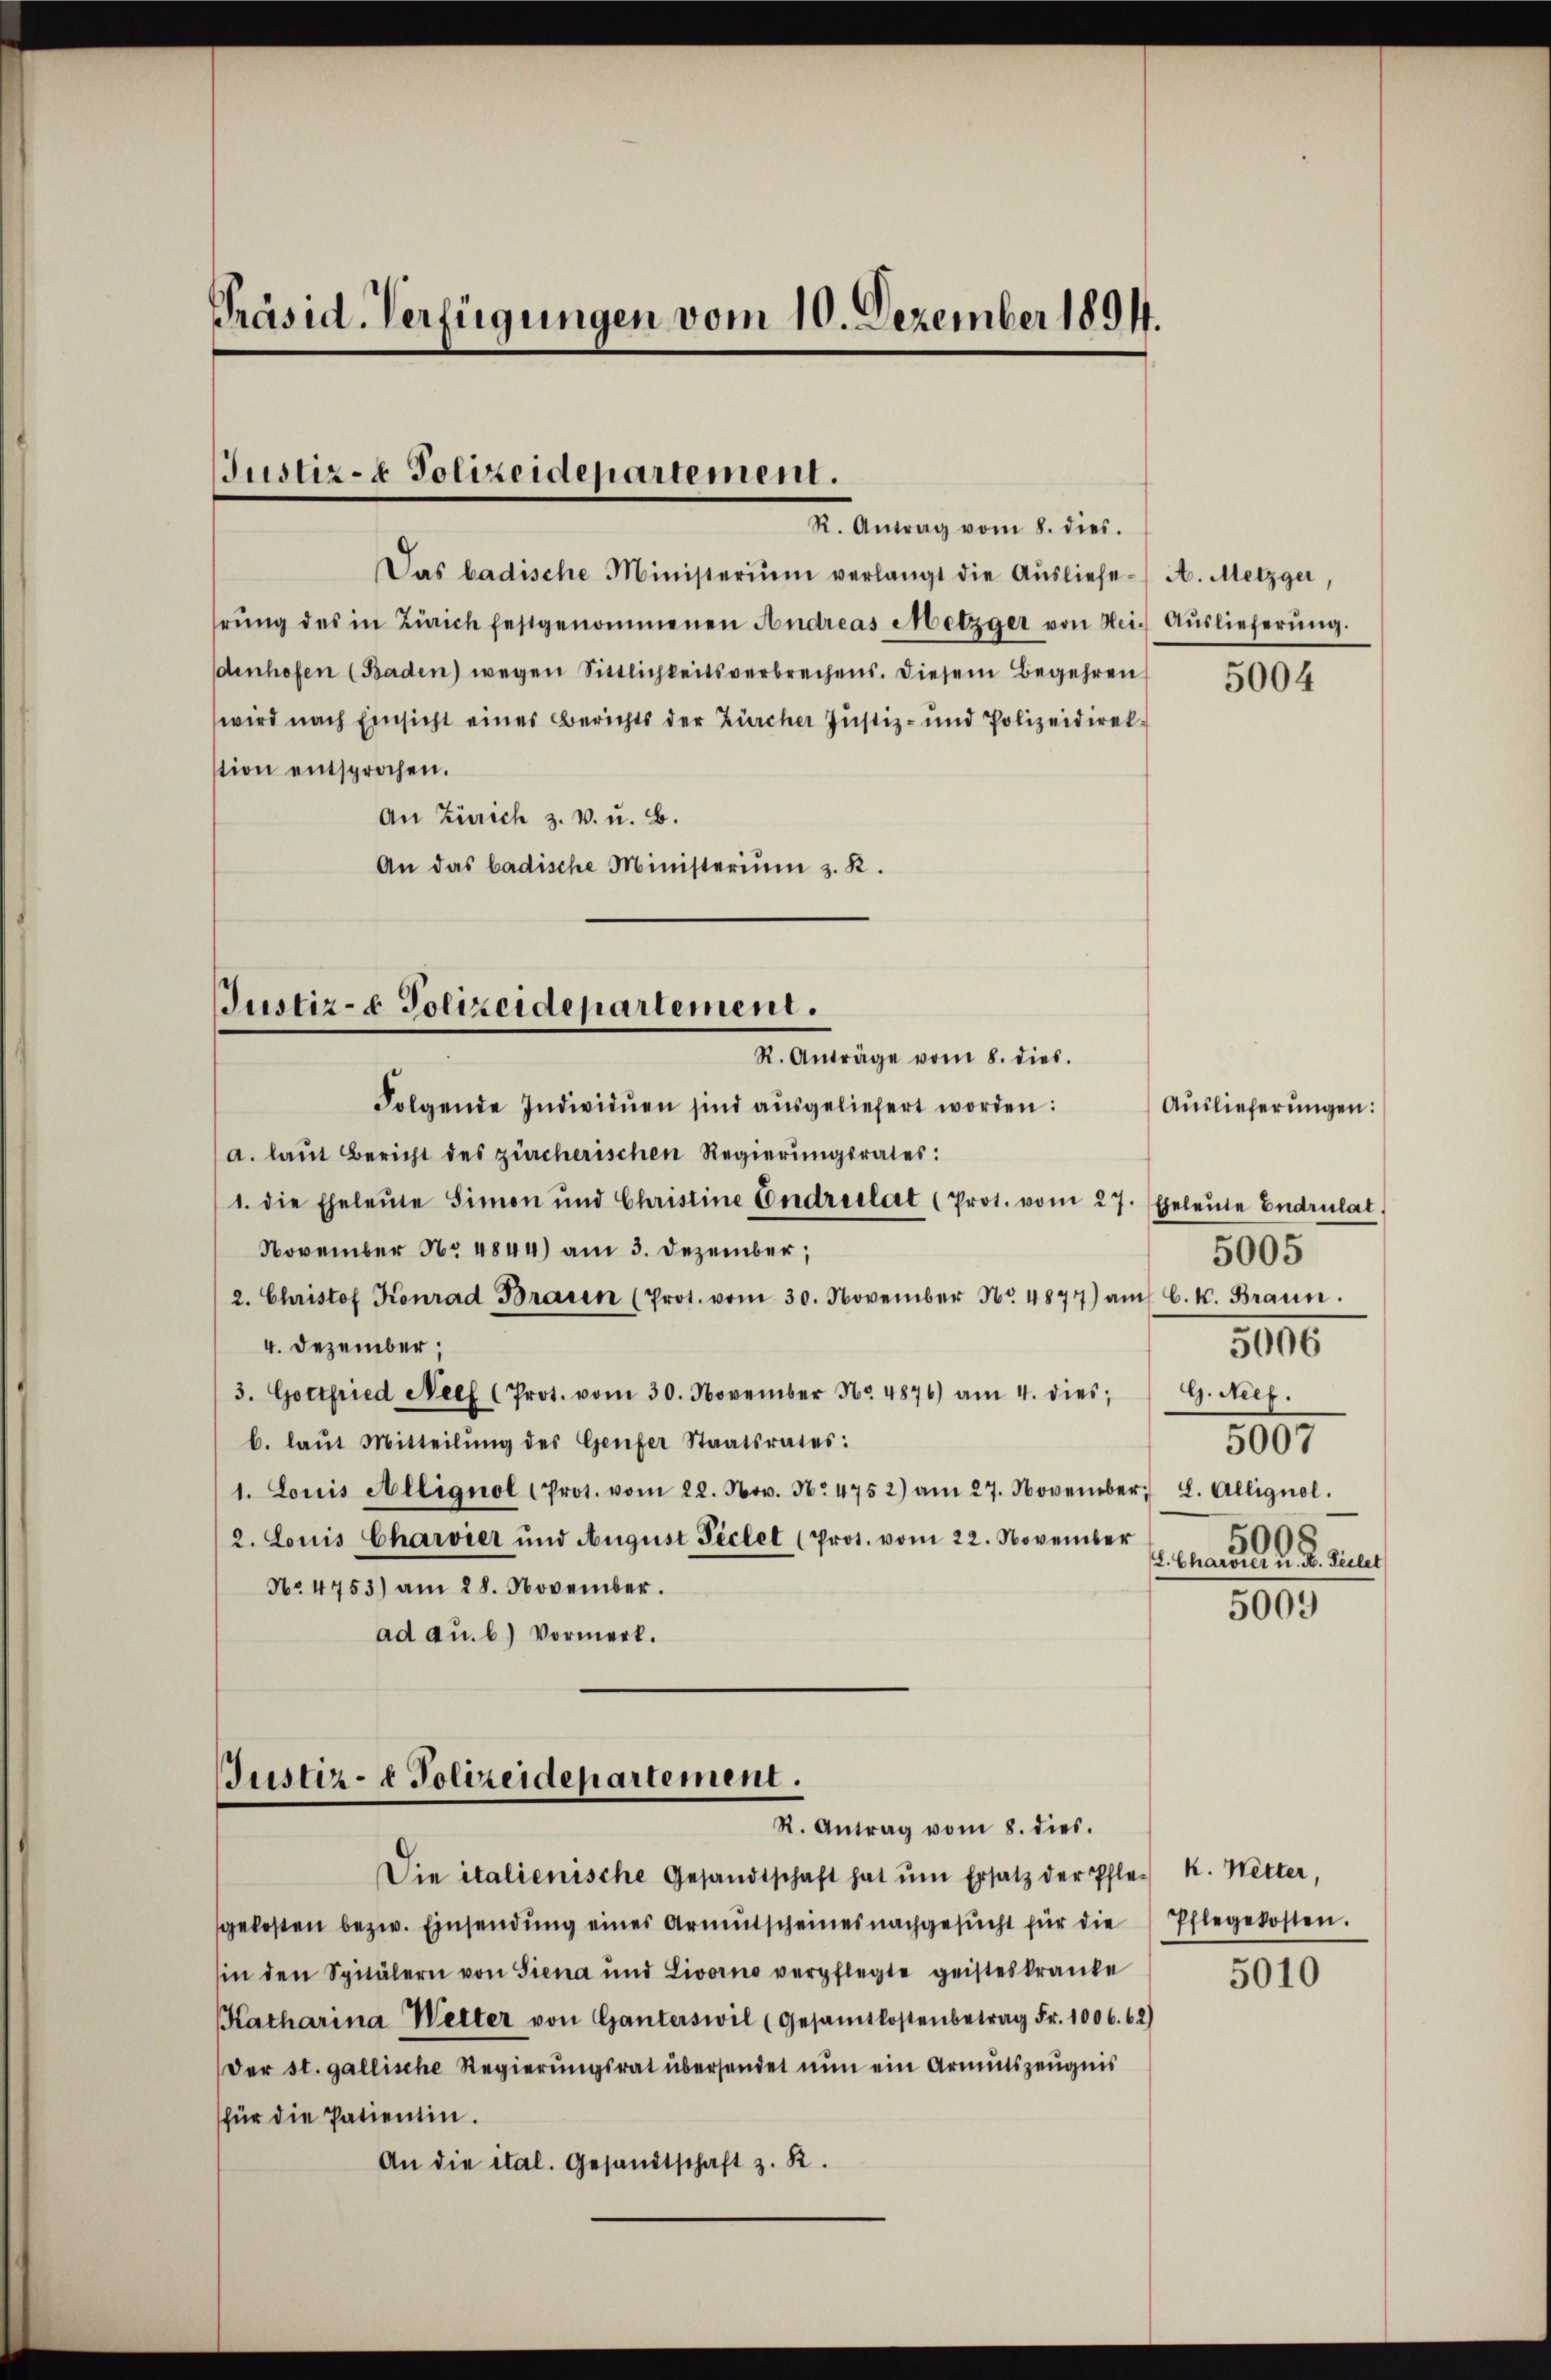
Präsid. Verfügungen vom 10. Dezember 1894.

Justiz- & Polizeidepartement.
R. Antrag vom 8. dies.

Das badische Ministerium verlangt die Aŭsliefe A. Metzger,
hrŭng des in Zürich festgenommenen Andreas Metzger von Heidenhofen (Baden) wegen Sittlichkeitsverbrechens. Diesem Begehren
wird nach Einsicht eines Berichts der Zürcher Justiz- und Polizeidirektion entsprochen.
An Zürich z. v. u. B.
An das badische Ministerium z. K.

Justiz- & Polizeidepartement.
R. Anträge vom 8. dies.

Folgende Individuen sind ausgeliefert worden:
a. laut Bericht des zürcherischen Regierungsrates:
1. die Eheleute Simon und Christine Endreclat (Prot. vom 27. Eheleute Endrulat
November No 4844) am 3. Dezember,
2. Christof Konrad Brauen (Prot. vom 30. November Nr. 4877) auf 6. k. Braun
4. Dezember,
3. Gottfried Neef (Prot. vom 30. November No. 4876) am 4. dies; G. Nief.
b. laŭt Mitteilŭng des Genfer Staatsrates:
1. Louis Alliquol (Prot. vom 22. Nov. N. 4752) am 27. November L. Allignol.
2. Louis Charvier und August Peclet (Prot. vom 22. November
No. 4753) am 28. November.
ad au. b.) Vormerk.

Justiz- & Polizeidepartement.
R. Antrag vom 8. dies.

Auslieferung.

Die italienische Gesandtschaft hat ŭm Ersatz der Pfle. k. Metter,
gekosten bezw. Einsendung eines Armutscheines nachgesucht für die
sin den Spitälern von Siena und Livorno verpflegte geisteskranke
Katharina Wetter von Ganterswil (Gesamtkostenbetrag Fr. 1006. 62)
Der st. gallische Regierungsrat übersendet nun ein Armutszeugnis
für die Patientin.
An die ital. Gesandtschaft z. B.

5004

Auslieferungen:
5005
5006
5007
500 F
8. Charvier u. H. Teilet

5009

Pflegekosten.

5010